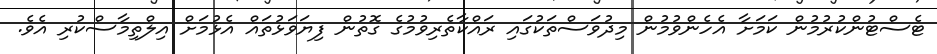
ޓެސްޓުންކުރުމުން ކަމަށާ އެހެންވުމުން މިދުވަސްތަކުގައި ރައްކާތެރިވުމުގެ ގޮތުން ފިޔަވަޅުތައް އެޅުމަށް އިލްތިމާސްކުރި އެވެ.